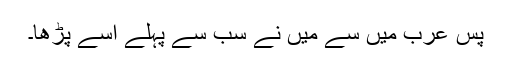
پس عرب میں سے میں نے سب سے پہلے اسے پڑھا۔